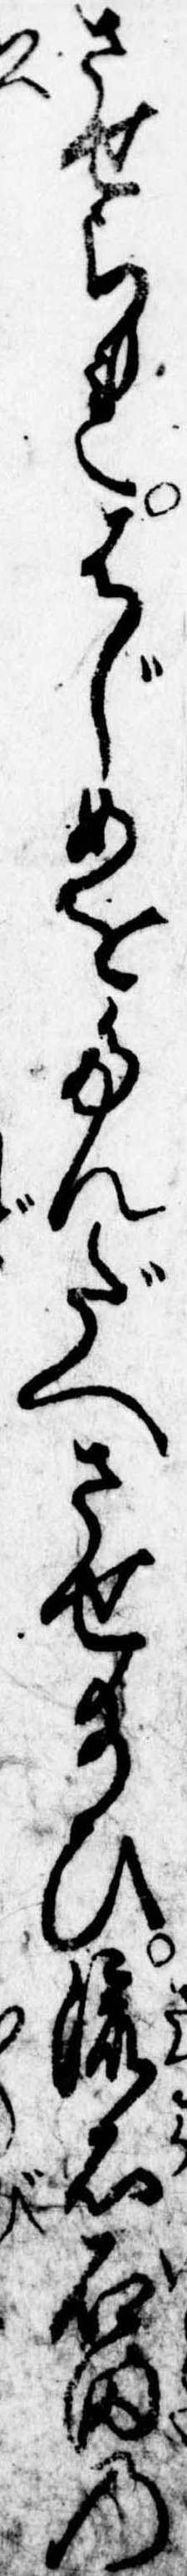
させられはじめをたんだへさせ給ひ流石石田の